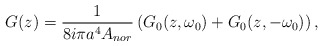
\begin{align*}G(z) = \frac{1}{ 8 i \pi a^4 A_{nor} }\left( G_0(z,\omega_0) + G_0(z, - \omega _0) \right),\end{align*}